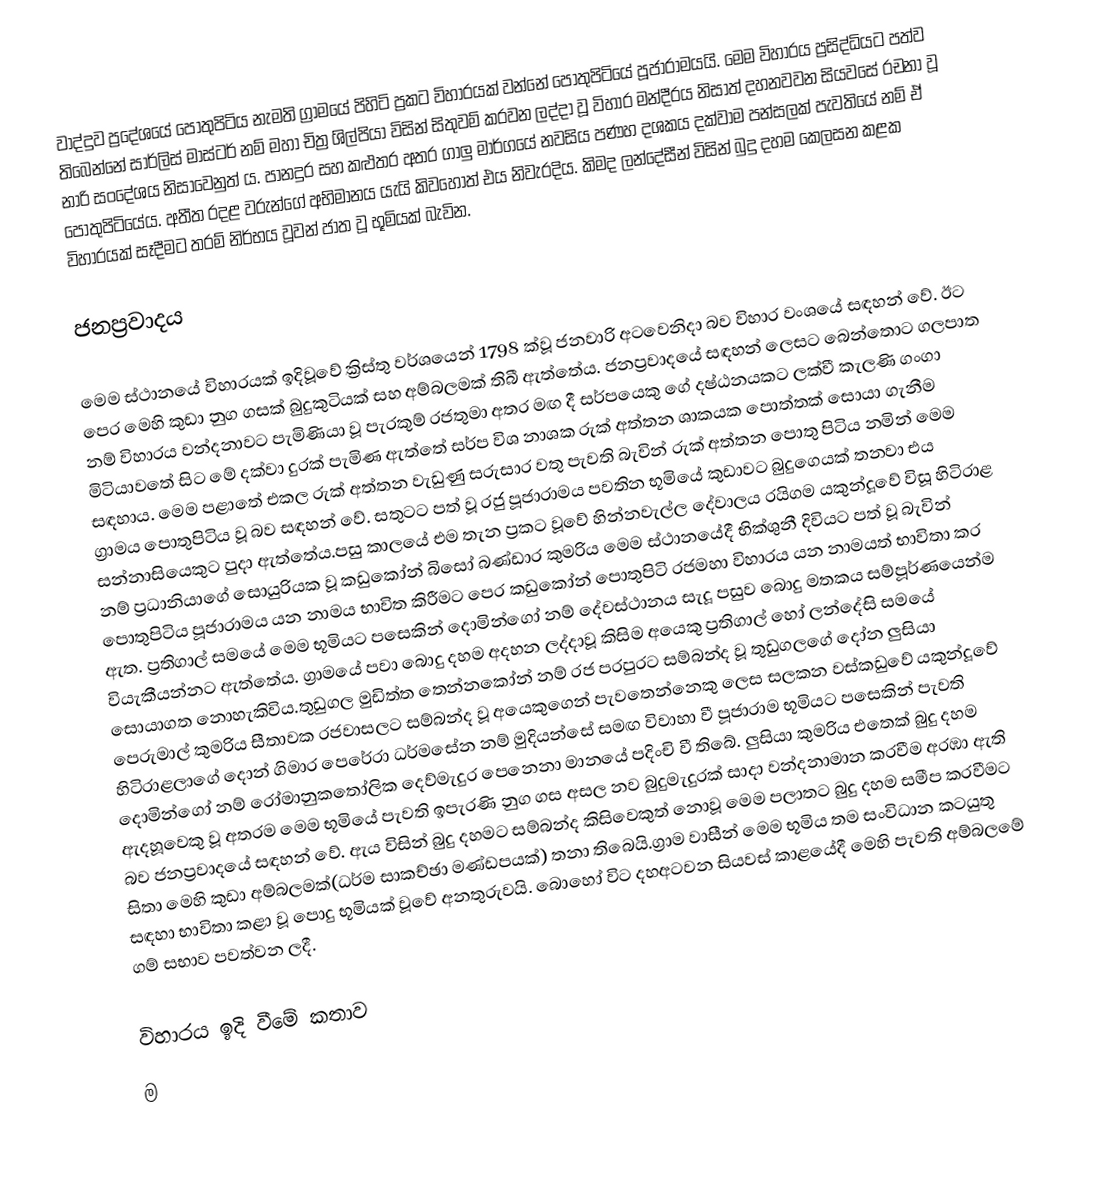
වාද්දුව ප්‍රදේශයේ පොතුපිටිය නැමති ග්‍රාමයේ පිහිටි ප්‍රකට විහාරයක් වන්නේ පොතුපිටියේ පූජාරාමයයි. මෙම විහාරය ප්‍රසිද්ධියට පත්ව තිබෙන්නේ සාර්ලිස් මාස්ටර් නම් මහා චිත්‍ර ශිල්පියා විසින් සිතුවම් කරවන ලද්දා වූ විහාර මන්දීරය නිසාත් දහනවවන සියවසේ රචනා වූ නාරි සංදේශය නිසාවෙනුත්‍ ය. පානදුර සහ කළුතර අතර ගාලු මාර්ගයේ නවසිය පණහ දශකය දක්වාම පන්සලක් පැවතියේ නම් ඒ පොතුපිටියේය. අතීත රදළ වරුන්ගේ අභිමානය යැයි කිවහොත් එය නිවැරදිය. කිමද ලන්දේසීන් විසින් බුදු දහම කෙලසන කළක විහාරයක් සෑදීමට තරම් නිර්භය වූවන් ජාත වූ භූමියක් බැවින.

ජනප්‍රවාදය

මෙම ස්ථානයේ විහාරයක් ඉදිවූවේ ක්‍රිස්තු වර්ශයෙන් 1798 ක්වූ ජනවාරි අටවෙනිදා බව විහාර වංශයේ සඳහන් වේ. ඊට පෙර මෙහි කුඩා නුග ගසක් බුදුකුටියක් සහ  අම්බලමක් තිබී ඇත්තේය. ජනප්‍රවාදයේ සඳහන් ලෙසට බෙන්තොට ගලපාත නම් විහාරය වන්දනාවට පැමිණියා වූ පැරකුම් රජතුමා අතර මඟ දී සර්පයෙකු ගේ දෂ්ඨනයකට ලක්වී කැලණි ගංගා මිටියාවතේ සිට මේ දක්වා දුරක් පැමිණ ඇත්තේ සර්ප විශ නාශක රුක් අත්තන ශාකයක පොත්තක් සොයා ගැනීම සඳහාය. මෙම පළාතේ එකල රුක් අත්තන වැඩුණු සරුසාර වතු පැවති බැවින් රුක් අත්තන පොතු පිටිය නමින් මෙම ග්‍රාමය පොතුපිටිය වූ බව සඳහන් වේ. සතුටට පත් වූ රජු පූජාරාමය පවතින භූමියේ කුඩාවට බුදුගෙයක් තනවා එය සන්නාසියෙකුට පුදා ඇත්තේය.පසු කාලයේ එම තැන ප්‍රකට වූවේ හින්නවැල්ල දේවාලය  රයිගම යකුන්දූවේ විසූ හිටිරාළ  නම් ප්‍රධානියාගේ සොයුරියක වූ කඩුකෝන් බිසෝ බණ්ඩාර කුමරිය මෙම ස්ථානයේදී භික්ශුනී දිවියට පත් වූ බැවින් පොතුපිටිය පූජාරාමය යන නාමය භාවිත කිරීමට පෙර කඩුකෝන් පොතුපිටි රජමහා විහාරය යන නාමයත් භාවිතා කර ඇත. ප්‍රතිගාල් සමයේ මෙම භූමියට පසෙකින් දොමින්ගෝ නම් දේවස්ථානය සැදූ පසුව බොදු මතකය සම්පූර්ණයෙන්ම වියැකීයන්නට ඇත්තේය. ග්‍රාමයේ පවා බොදු දහම අදහන ලද්දාවූ කිසිම අයෙකු ප්‍රතිගාල් හෝ ලන්දේසි සමයේ සොයාගත නොහැකිවිය.තුඩුගල මුඩිත්ත තෙන්නකෝන් නම් රජ පරපුරට සම්බන්ද වූ තුඩුගලගේ දෝන ලුසියා පෙරුමාල් කුමරිය සීතාවක රජවාසලට සම්බන්ද වූ අයෙකුගෙන් පැවතෙන්නෙකු ලෙස සලකන වස්කඩුවේ යකුන්දූවේ හිටිරාළලාගේ දොන් ගිමාර පෙරේරා ධර්මසේන  නම් මුදියන්සේ සමඟ විවාහා වී පූජාරාම භූමියට පසෙකින් පැවති දොමින්ගෝ නම් රෝමානුකතෝලික දෙව්මැදුර පෙනෙනා මානයේ පදිංචි වී තිබේ. ලුසියා කුමරිය එතෙක් බුදු දහම ඇදහූවෙකු වූ අතරම මෙම භූමියේ පැවති ඉපැරණි නුග ගස අසල නව බුදුමැදුරක් සාදා වන්දනාමාන කරවීම අරඹා ඇති බව ජනප්‍රවාදයේ සඳහන් වේ. ඇය විසින් බුදු දහමට සම්බන්ද කිසිවෙකුත් නොවූ මෙම පලාතට බුදු දහම සමීප කරවීමට සිතා මෙහි කුඩා අම්බලමක්(ධර්ම සාකච්ඡා මණ්ඩපයක්) තනා තිබෙයි.ග්‍රාම වාසීන් මෙම භූමිය තම සංවිධාන කටයුතු සඳහා භාවිතා කළා වූ පොදු භූමියක් වූවේ අනතුරුවයි. බොහෝ විට දහඅටවන සියවස් කාළයේදී මෙහි පැවති අම්බලමේ ගම් සභාව පවත්වන ලදී.

විහාරය ඉදි වීමේ කතාව
ම